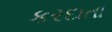
કરદાતા